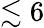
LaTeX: \lesssim 6